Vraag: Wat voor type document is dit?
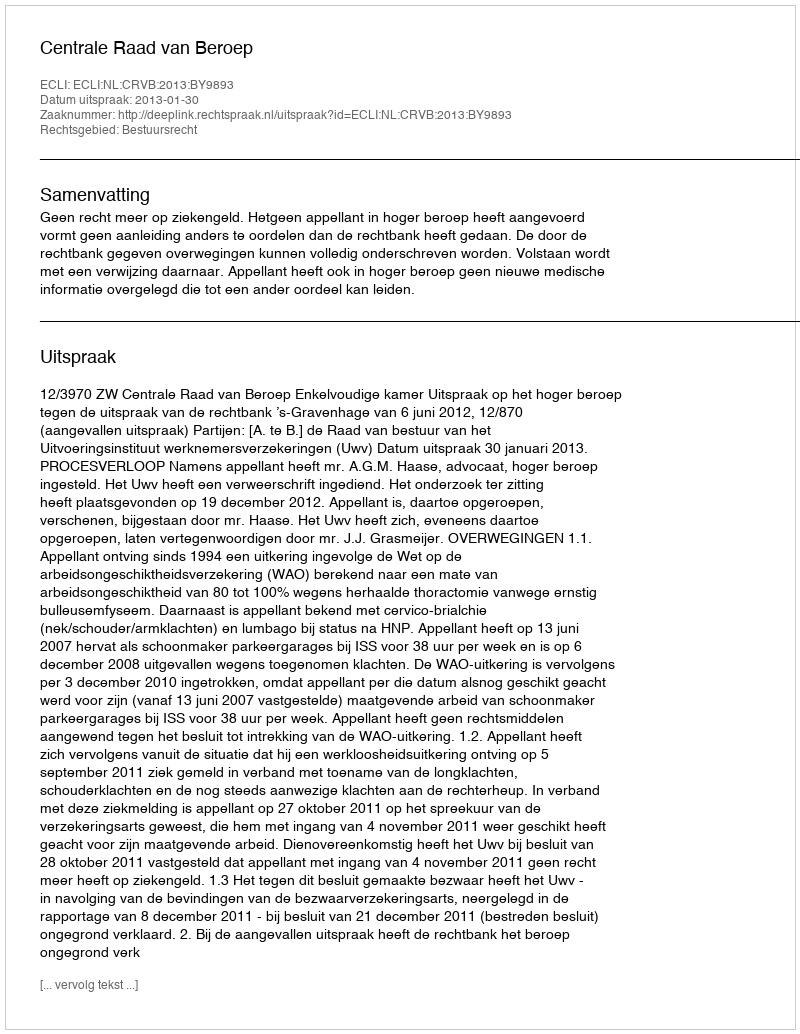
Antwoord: Uitspraak